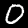
Digit: 0